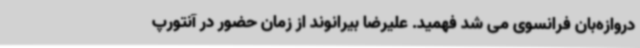
دروازه‌بان فرانسوی می شد فهمید. علیرضا بیرانوند از زمان حضور در آنتورپ